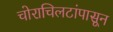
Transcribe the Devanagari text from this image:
चोराचिलटांपासून